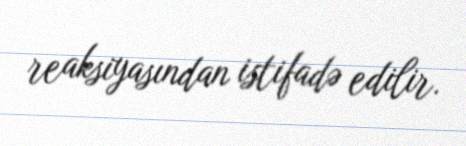
reaksiyasından istifadə edilir.